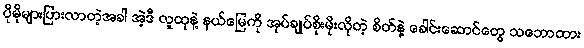
ပိုမိုများပြားလာတဲ့အခါ အဲ့ဒီ လူထုနဲ့ နယ်မြေကို အုပ်ချုပ်စိုးမိုးလိုတဲ့ စိတ်နဲ့ ခေါင်းဆောင်တွေ သဘောထား